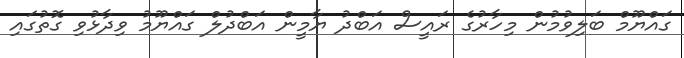
ގައްޔޫމް ބަލިވުމުން މިިހާރުގެ ރައީސް އަބްދު ޔާމީން އަބްދުލް ގައްޔޫމު ވިދާޅުވި ގޮތުގައި